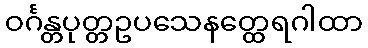
ဝင်္ဂန္တပုတ္တဥပသေနတ္ထေရဂါထာ